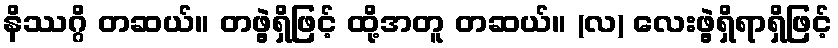
နိဿဂ္ဂိ တဆယ်။ တဖွဲ့ရှိဖြင့် ထို့အတူ တဆယ်။ (လ) လေးဖွဲ့ရှိရာရှိဖြင့်